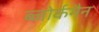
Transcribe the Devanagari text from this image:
ब्जोर्कमैन